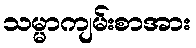
သမ္မာကျမ်းစာအား